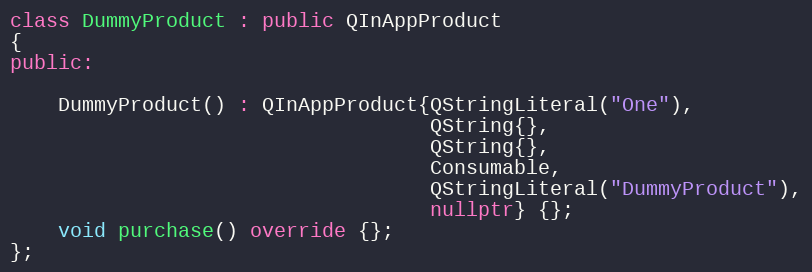
Language: C++
class DummyProduct : public QInAppProduct
{
public:

    DummyProduct() : QInAppProduct{QStringLiteral("One"),
                                   QString{},
                                   QString{},
                                   Consumable,
                                   QStringLiteral("DummyProduct"),
                                   nullptr} {};
    void purchase() override {};
};